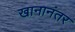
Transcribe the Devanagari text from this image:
खानानंतर